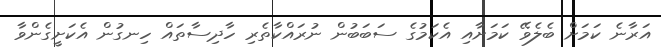
އަރާނެ ކަމަށް ބެލެވޭ ކަމަށާއި އެކަމުގެ ސަބަބުން ނުރައްކާތެރި ހާދިސާތައް ހިނގުން އެކަށީގެންވާ